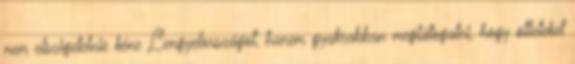
nem elszigetelnie kéne Lengyelországot, hanem gyakrabban meglátogatni, hogy ötleteket